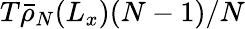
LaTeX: T\bar{\rho}_{N}(L_{x})(N-1)/N